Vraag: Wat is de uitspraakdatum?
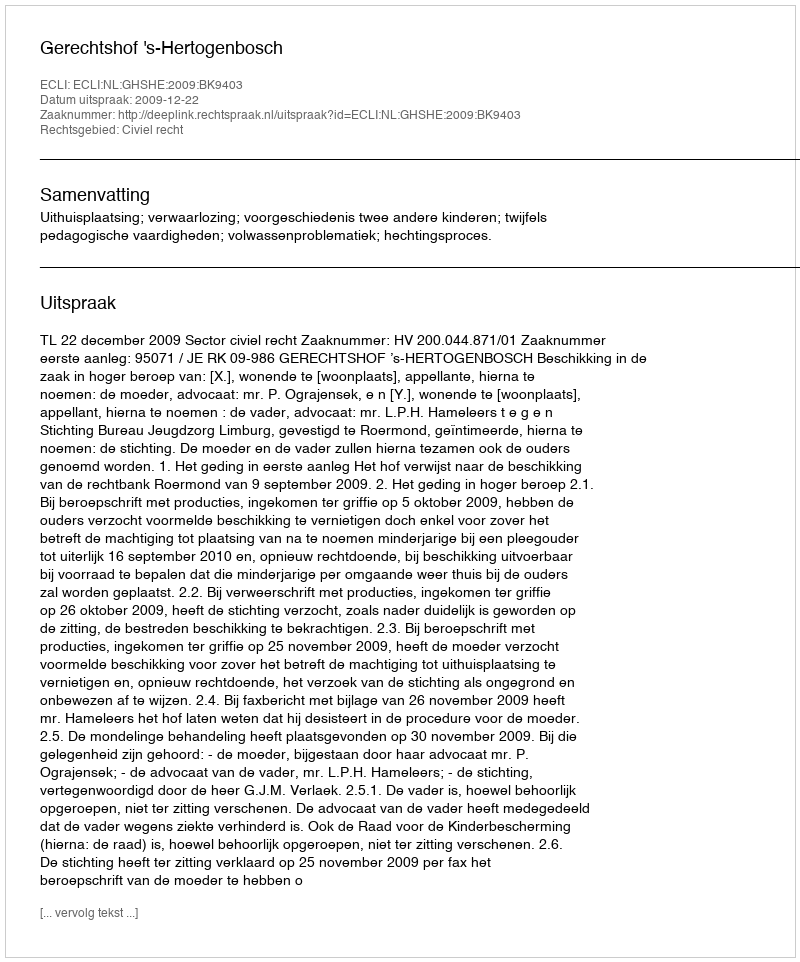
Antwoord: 2009-12-22